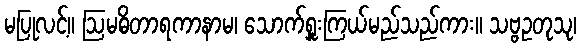
မပြုလင့်။ ဩမဓိတာရကာနာမ၊ သောက်ရှူးကြယ်မည်သည်ကား။ သဗ္ဗဥတုသု၊